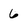
Character: 6